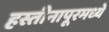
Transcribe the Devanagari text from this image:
हस्तीनापूरमध्ये